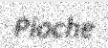
Pioche